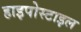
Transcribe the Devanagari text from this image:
हाइपोस्टाइल